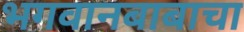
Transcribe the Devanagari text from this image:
भगवानबाबाचा